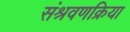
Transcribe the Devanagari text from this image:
संश्रवणक्रिया